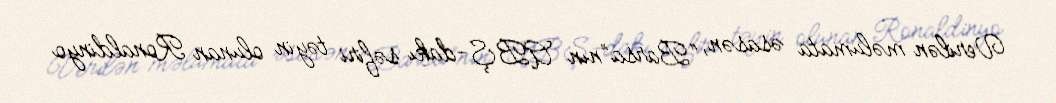
Verilən məlumata əsasən, “Barsa”nın ABŞ-dakı səfiri təyin olunan Ronaldinyo